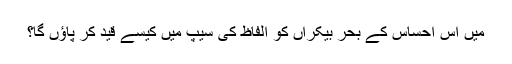
میں اس احساس کے بحرِ بیکراں کو الفاظ کی سِیپ میں کیسے قید کر پاؤں گا؟